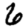
Digit: 6